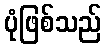
ပုံဖြစ်သည်